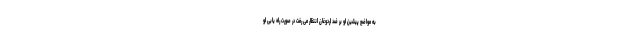
به مواضع پیشین او بر ضد اردوغان انتظار می رفت در صورت راه یابی او